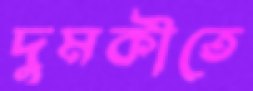
দুমকীতে